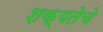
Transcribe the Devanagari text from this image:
शक्यतेचे